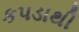
કપડાથી